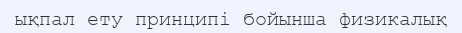
ықпал ету принципі бойынша физикалық